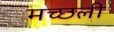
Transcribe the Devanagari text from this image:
मच्छली